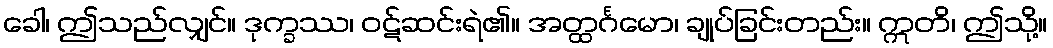
ခေါ၊ ဤသည်လျှင်။ ဒုက္ခဿ၊ ဝဋ်ဆင်းရဲ၏။ အတ္ထင်္ဂမော၊ ချုပ်ခြင်းတည်း။ ဣတိ၊ ဤသို့။